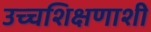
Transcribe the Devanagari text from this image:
उच्चशिक्षणाशी